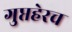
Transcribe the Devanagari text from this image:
गुप्तहेरच